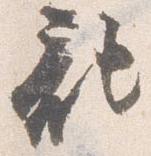
記